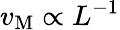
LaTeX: v_{\mathrm{M}}\propto L^{-1}